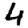
Digit: 4